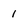
Character: 1